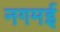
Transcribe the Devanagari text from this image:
नगमई